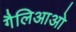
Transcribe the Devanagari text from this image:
गैलिआओ